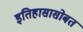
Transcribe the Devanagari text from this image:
इतिहासासोबत